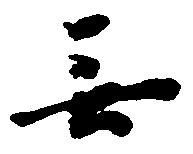
無